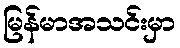
မြန်မာအသင်းမှာ